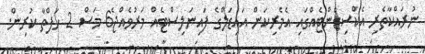
ނުރައްކާތެރި އެކްސިޑެންޓެއްގައި އެމެރިކަން އައިޑަލްގެ ފައިނަލިސްޓެއް މަރުވެއްޖެ6 މަސް 2 ހަފްތާ ކުރިން.